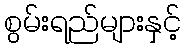
စွမ်းရည်များနှင့်